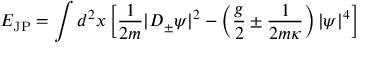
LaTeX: { \cal E } _ { \mathrm { J P } } = \int d ^ { 2 } x \left[ \frac { 1 } { 2 m } | D _ { \pm } \psi | ^ { 2 } - \left( \frac { g } { 2 } \pm \frac { 1 } { 2 m \kappa } \right) | \psi | ^ { 4 } \right]